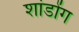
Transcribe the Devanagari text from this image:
शांडोंग